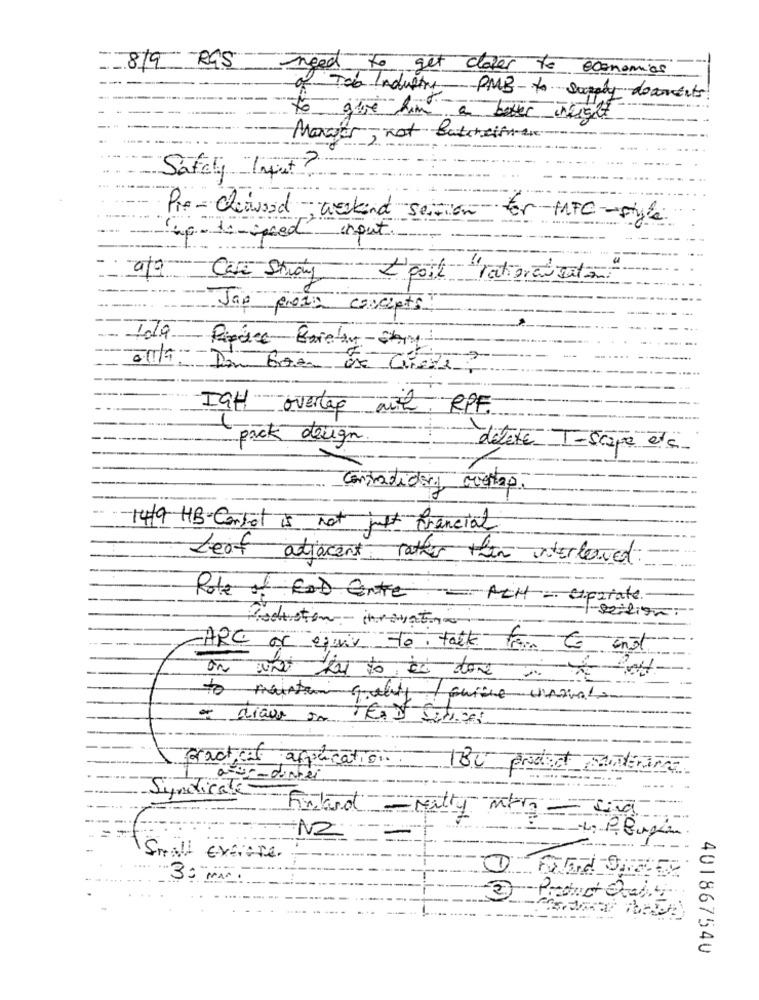
8/9 R95
need
to get closer to economics
af Tab Industry PMB to supply documents
to give him a
a better 121527
Manger, not Butenelinux.
Safely "Input ?
Pre- Cheawood
; weekend section for MFC-style
(hp- 10-speed
input.
CasE-Study
L'poil "rational satan
Jag pieza concepto
Prace Brietien-Shan
011/9: Don Gaan de Circle
IGH overlap with RPF.
pack deugn.
delete T-Scape etc.
1
Conradidory cuentas.
14/9 HB-Contot is not just francial
Leaf atiacent rather than interleaved.
Role of GOD Entre - ACH Sperate.
Production- innovat
1-section
-HRE or equiv To talk to Go not
on ww fs to be done in het
to maintain grands towrite unoval
- drawn In
Practical afpication
IBU product santana
a ur- dintei
Syndicale-Fontand
---
- Milly MAG - Ling
NZ
---
Small Existe.
30 Min.
2- Product Oral
401867540